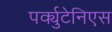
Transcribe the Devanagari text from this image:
पर्क्युटेनिएस